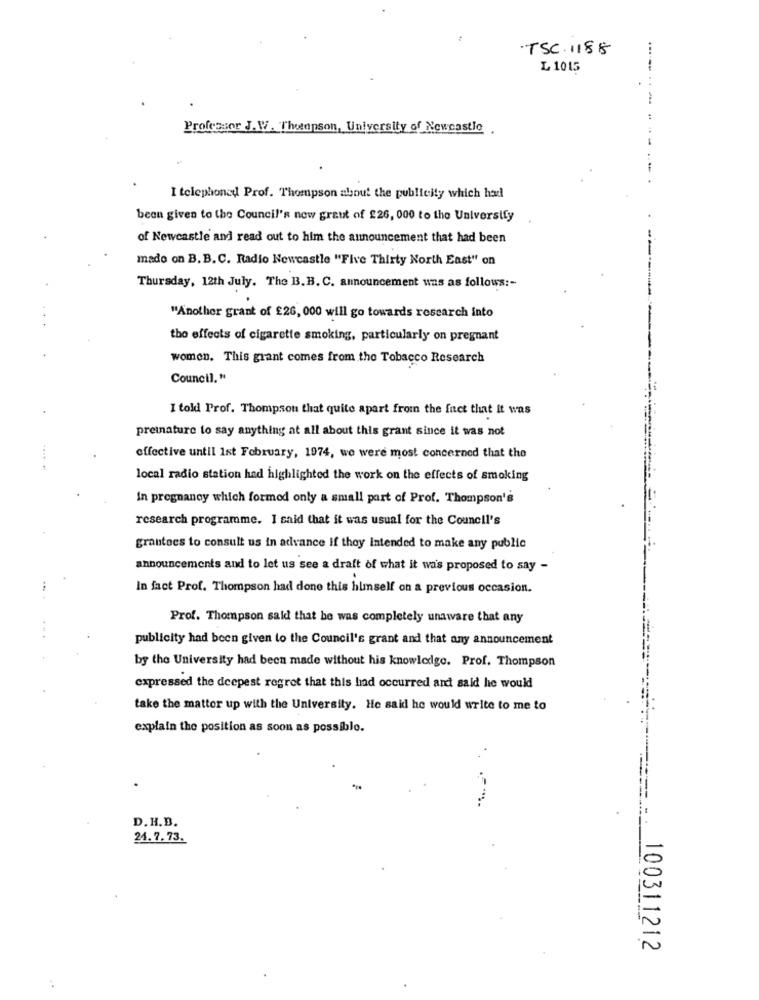
TSC. 1188
L 1015
Professor J. W. Thetopson, University of Newcastle .
---------
.... .
I telephoned Prof. Thompson about the publicity which had
been given to the Council's new graut of 226, 000 to the University
of Newcastle and read out to him the announcement that had been
mado on B.B.C. Radio Newcastle "Five Thirty North East" on
Thursday, 12th July. The B. B. C. announcement uns as follows :-
-------
"Another grant of £26, 000 will go towards research into
the effects of cigarette smoking, particularly on pregnant
women. This grant comes from the Tobacco Research
Council. "
I told Prof. Thompson that quite apart from the fact that It was
preinature to say anything at all about this grant since it was not
effective until Ist February, 1974, we were most concerned that the
local radio station had highlighted the work on the effects of smoking
In pregnancy which formed only a small part of Prof. Thompson's
research programme. I said that it was usual for the Council's
grantees to consult us in advance if they intended to make any public
announcements and to let us see a draft of what it was proposed to say -
In fact Prof. Thompson had done this himself on a previous occasion.
Prof. Thompson said that he was completely unaware that any
publicity had been given to the Council's grant and that any announcement
by the University had been made without his knowledge. Prof. Thompson
expressed the deepest regret that this had occurred and said he would
take the mattor up with the University. He said he would write to me to
explain the position as soon as possible.
D. H.B.
24.7.73.
100311212